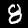
Digit: 8